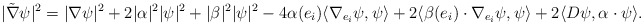
\begin{align*}|\tilde{\nabla}\psi|^2=|\nabla\psi|^2+2|\alpha|^2|\psi|^2+|\beta|^2|\psi|^2-4\alpha({e_i})\langle\nabla_{e_i}\psi,\psi\rangle+2\langle\beta(e_i)\cdot\nabla_{e_i}\psi,\psi\rangle+2\langle D\psi,\alpha\cdot\psi\rangle.\end{align*}